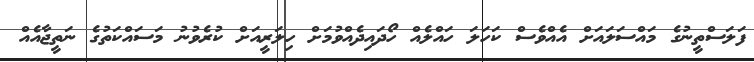
ފަލަސްތީނުގެ މައްސަލައަށް އެއްވެސް ކަހަލަ ހައްލެއް ހޯދައިދެއްވުމަށް ހިލަރީއަށް ކުރެވުނު މަސައްކަތުގެ ނަތީޖާއެއް